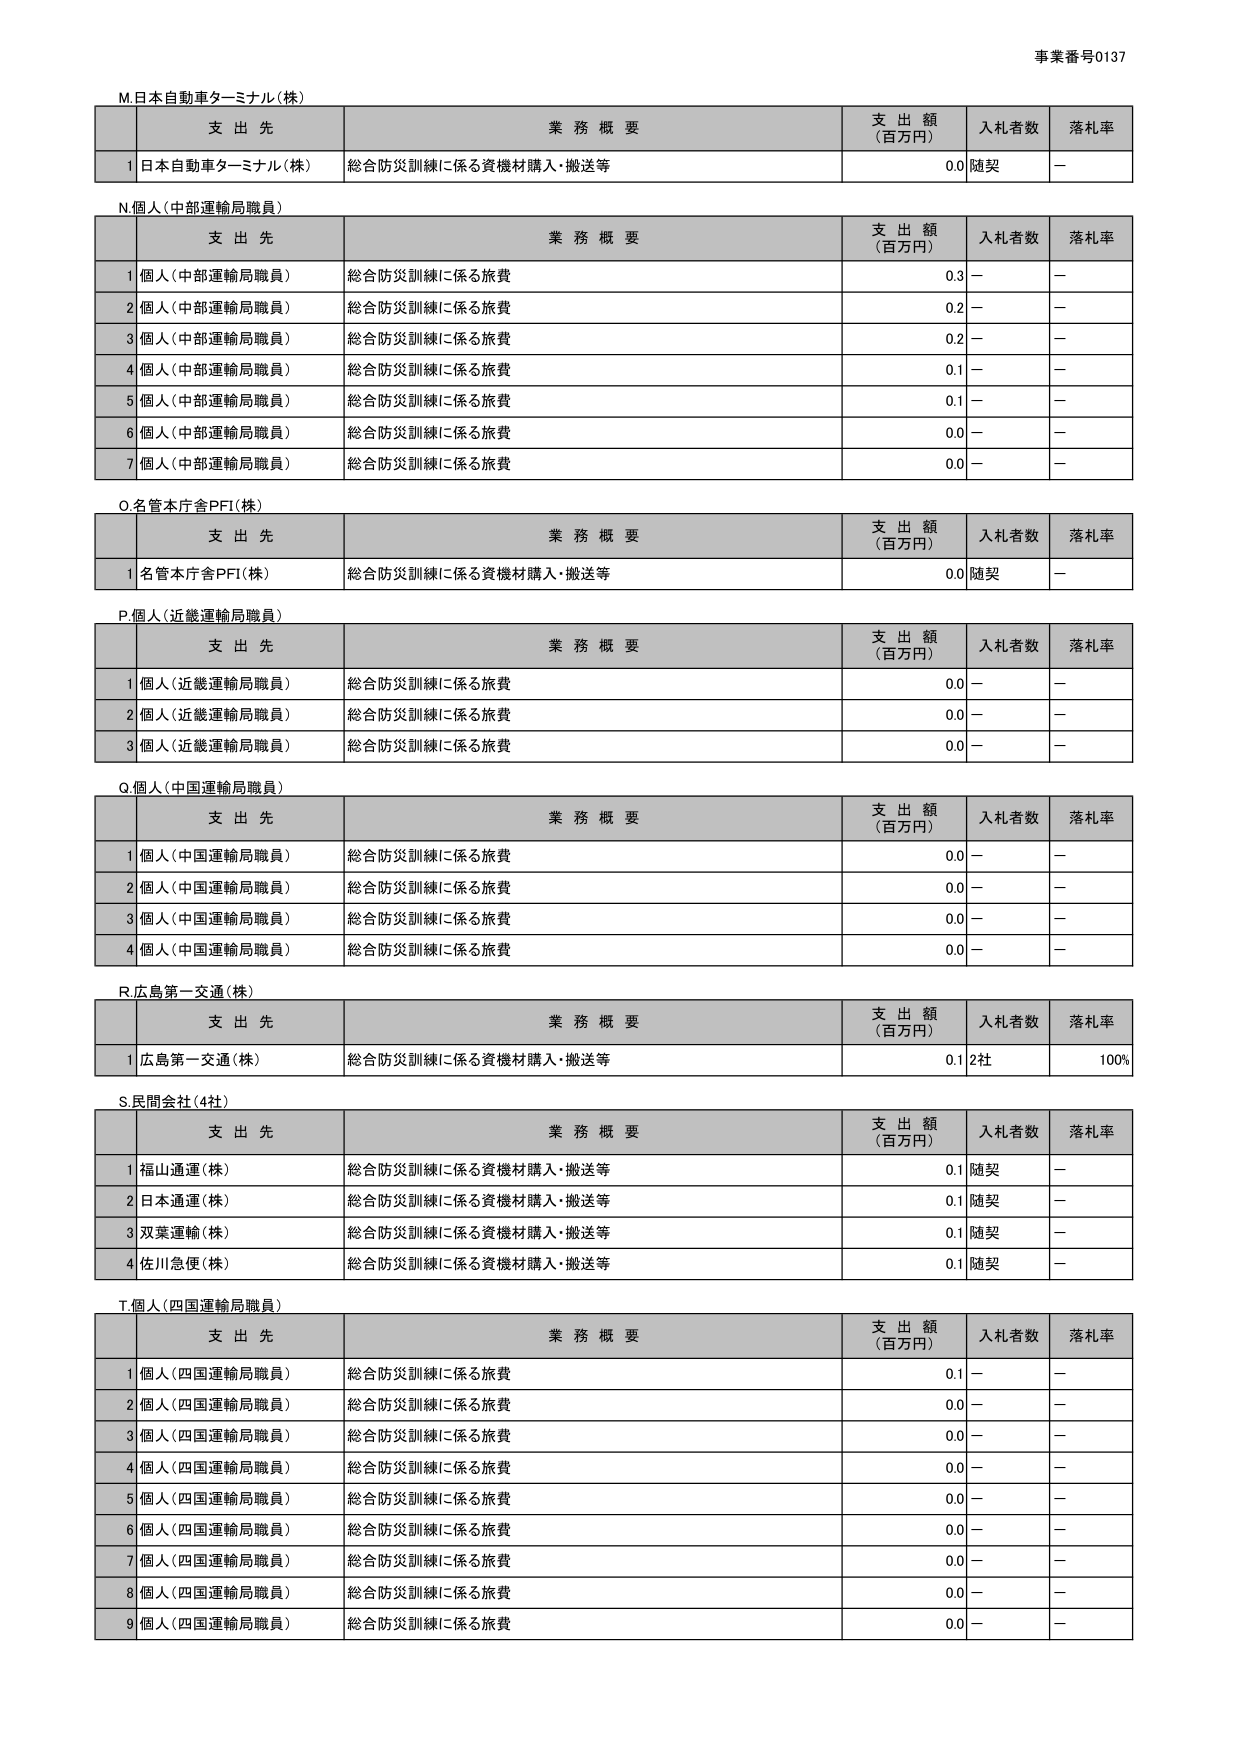
事業番号0137

M.日本自動車ターミナル(株)
支 出 先 業 務 概 要 支 出 額 (百万円) 入札者数 落札率
1 日本自動車ターミナル(株) 総合防災訓練に係る資機材購入・搬送等 0.0 随契 －

N.個人(中部運輸局職員)
支 出 先 業 務 概 要 支 出 額 (百万円) 入札者数 落札率
1 個人(中部運輸局職員) 総合防災訓練に係る旅費 0.3 － －
2 個人(中部運輸局職員) 総合防災訓練に係る旅費 0.2 － －
3 個人(中部運輸局職員) 総合防災訓練に係る旅費 0.2 － －
4 個人(中部運輸局職員) 総合防災訓練に係る旅費 0.1 － －
5 個人(中部運輸局職員) 総合防災訓練に係る旅費 0.1 － －
6 個人(中部運輸局職員) 総合防災訓練に係る旅費 0.0 － －
7 個人(中部運輸局職員) 総合防災訓練に係る旅費 0.0 － －

O.名管本庁舎PFI(株)
支 出 先 業 務 概 要 支 出 額 (百万円) 入札者数 落札率
1 名管本庁舎PFI(株) 総合防災訓練に係る資機材購入・搬送等 0.0 随契 －

P.個人(近畿運輸局職員)
支 出 先 業 務 概 要 支 出 額 (百万円) 入札者数 落札率
1 個人(近畿運輸局職員) 総合防災訓練に係る旅費 0.0 － －
2 個人(近畿運輸局職員) 総合防災訓練に係る旅費 0.0 － －
3 個人(近畿運輸局職員) 総合防災訓練に係る旅費 0.0 － －

Q.個人(中国運輸局職員)
支 出 先 業 務 概 要 支 出 額 (百万円) 入札者数 落札率
1 個人(中国運輸局職員) 総合防災訓練に係る旅費 0.0 － －
2 個人(中国運輸局職員) 総合防災訓練に係る旅費 0.0 － －
3 個人(中国運輸局職員) 総合防災訓練に係る旅費 0.0 － －
4 個人(中国運輸局職員) 総合防災訓練に係る旅費 0.0 － －

R.広島第一交通(株)
支 出 先 業 務 概 要 支 出 額 (百万円) 入札者数 落札率
1 広島第一交通(株) 総合防災訓練に係る資機材購入・搬送等 0.1 2社 100%

S.民間会社(4社)
支 出 先 業 務 概 要 支 出 額 (百万円) 入札者数 落札率
1 福山通運(株) 総合防災訓練に係る資機材購入・搬送等 0.1 随契 －
2 日本通運(株) 総合防災訓練に係る資機材購入・搬送等 0.1 随契 －
3 双葉運輸(株) 総合防災訓練に係る資機材購入・搬送等 0.1 随契 －
4 佐川急便(株) 総合防災訓練に係る資機材購入・搬送等 0.1 随契 －

T.個人(四国運輸局職員)
支 出 先 業 務 概 要 支 出 額 (百万円) 入札者数 落札率
1 個人(四国運輸局職員) 総合防災訓練に係る旅費 0.1 － －
2 個人(四国運輸局職員) 総合防災訓練に係る旅費 0.0 － －
3 個人(四国運輸局職員) 総合防災訓練に係る旅費 0.0 － －
4 個人(四国運輸局職員) 総合防災訓練に係る旅費 0.0 － －
5 個人(四国運輸局職員) 総合防災訓練に係る旅費 0.0 － －
6 個人(四国運輸局職員) 総合防災訓練に係る旅費 0.0 － －
7 個人(四国運輸局職員) 総合防災訓練に係る旅費 0.0 － －
8 個人(四国運輸局職員) 総合防災訓練に係る旅費 0.0 － －
9 個人(四国運輸局職員) 総合防災訓練に係る旅費 0.0 － －